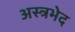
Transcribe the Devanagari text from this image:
अस्त्रभेद